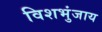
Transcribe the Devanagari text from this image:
विशभुंजाय